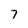
Character: 7